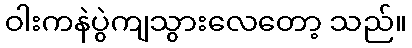
ဝါးကနဲပွဲကျသွားလေတော့ သည်။